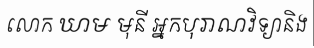
លោក ឃាម មុនី អ្នកបុរាណវិទ្យានិង